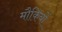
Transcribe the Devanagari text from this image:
मौकियों